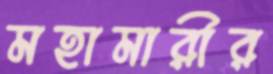
মহামারীর